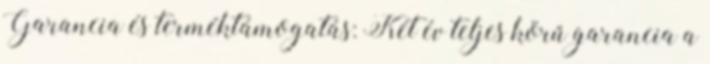
Garancia és terméktámogatás: Két év teljes körű garancia a